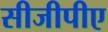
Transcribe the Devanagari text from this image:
सीजीपीए